Annual report on the Civil Veterinary Department, Burma (including the Insein Veterinary School) - 1923-1931
Year: 1923
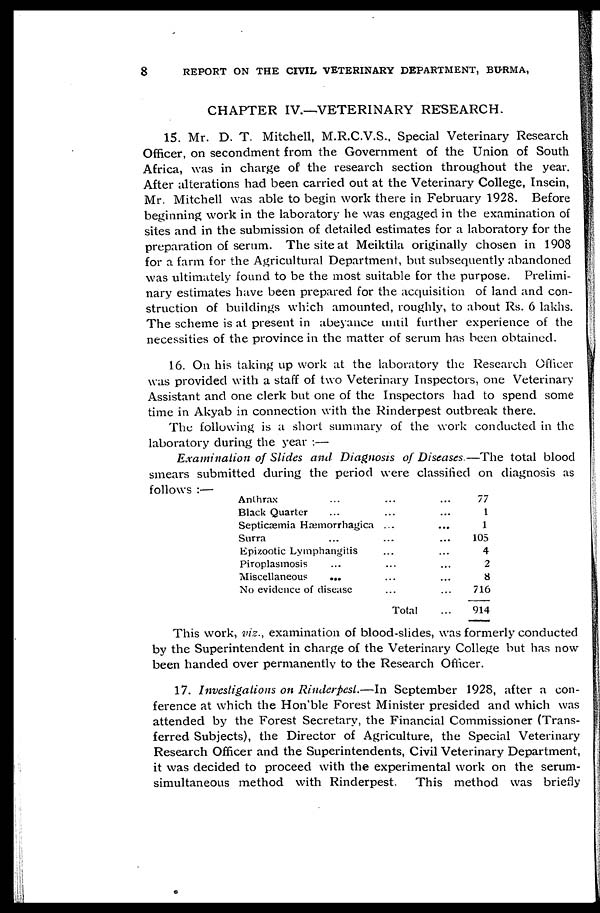
8
REPORT ON THE CIVIL VETERINARY DEPARTMENT, BURMA.
CHAPTER IV.—VETERINARY RESEARCH.
15. Mr. D. T. Mitchell, M.R.C.V.S., Special Veterinary Research
Officer, on secondment from the Government of the Union of South
Africa, was in charge of the research section throughout the year.
After alterations had been carried out at the Veterinary College, Insein,
Mr. Mitchell was able to begin work there in February 1928. Before
beginning work in the laboratory he was engaged in the examination of
sites and in the submission of detailed estimates for a laboratory for the
preparation of serum. The site at Meiktila originally chosen in 1908
for a farm for the Agricultural Department, but subsequently abandoned
was ultimately found to be the most suitable for the purpose. Prelimi-
nary estimates have been prepared for the acquisition of land and con-
struction of buildings which amounted, roughly, to about Rs. 6 lakhs.
The scheme is at present in abeyance until further experience of the
necessities of the province in the matter of serum has been obtained.
16. On his taking up work at the laboratory the Research Officer
was provided with a staff of two Veterinary Inspectors, one Veterinary
Assistant and one clerk but one of the Inspectors had to spend some
time in Akyab in connection with the Rinderpest outbreak there.
The following is a short summary of the work conducted in the
laboratory during the year :—
Examination of Slides and Diagnosis of Diseases.—The total blood
smears submitted during the period were classified on diagnosis as
follows :—
Anthrax ... ... ...
Black Quarter ... ... ...
Septicæmia Hæmorrhagica ... ...
Surra ... ... ...
Epizootic Lymphangitis ... ...
Piroplasmosis ... ... ...
Miscellaneous
... ... ...
No evidence of disease ... ...
Total ...
77
1
1
105
4
2
8
716
914
This work, viz., examination of blood-slides, was formerly conducted
by the Superintendent in charge of the Veterinary College but has now
been handed over permanently to the Research Officer.
17. Investigations on Rinderpest.—In September 1928, after a con-
ference at which the Hon'ble Forest Minister presided and which was
attended by the Forest Secretary, the Financial Commissioner (Trans-
ferred Subjects), the Director of Agriculture, the Special Veterinary
Research Officer and the Superintendents, Civil Veterinary Department,
it was decided to proceed with the experimental work on the serum-
simultaneous method with Rinderpest. This method was briefly